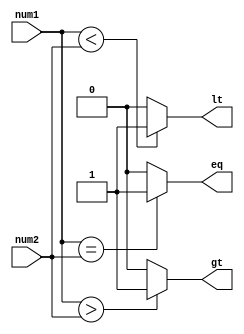
module inequality_comparator (
    input [7:0] num1,
    input [7:0] num2,
    output gt, // Greater than
    output lt, // Less than
    output eq // Equal to
);

    // Output signals initialization
    assign gt = (num1 > num2) ? 1'b1 : 1'b0; // Greater than
    assign lt = (num1 < num2) ? 1'b1 : 1'b0; // Less than
    assign eq = (num1 == num2) ? 1'b1 : 1'b0; // Equal to

endmodule